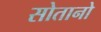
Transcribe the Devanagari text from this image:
सोतानो